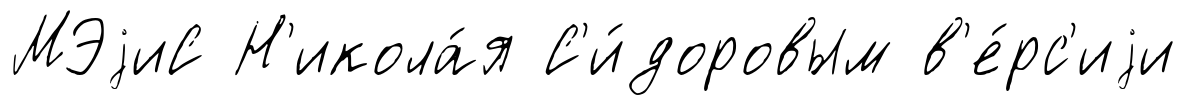
МЭjиС Н'икола́я С'и́доровым в'е́рс'иjи